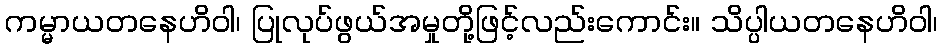
ကမ္မာယတနေဟိဝါ၊ ပြုလုပ်ဖွယ်အမှုတို့ဖြင့်လည်းကောင်း။ သိပ္ပါယတနေဟိဝါ၊